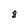
Character: 8